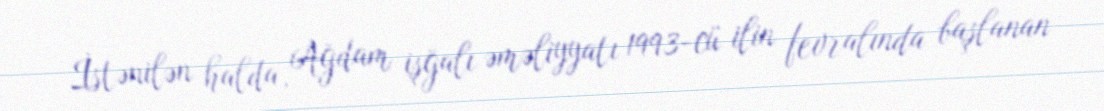
İstənilən halda, Ağdam işğalı əməliyyatı 1993-cü ilin fevralında başlanan